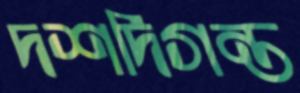
দশদিগন্ত